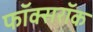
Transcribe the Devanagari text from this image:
फॉक्सरॉक